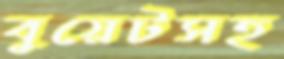
বুয়েটসহ